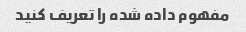
مفهوم داده شده را تعریف کنید